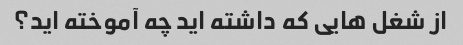
از شغل هایی که داشته اید چه آموخته اید؟